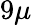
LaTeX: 9\mu